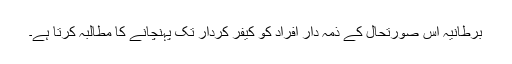
برطانیہ اس صورتحال کے ذمہ دار افراد کو کیفرِ کردار تک پہنچانے کا مطالبہ کرتا ہے۔